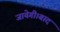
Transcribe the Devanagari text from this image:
जायेगी।बाद